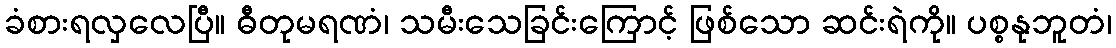
ခံစားရလှလေပြီ။ ဓီတုမရဏံ၊ သမီးသေခြင်းကြောင့် ဖြစ်သော ဆင်းရဲကို။ ပစ္စနုဘူတံ၊